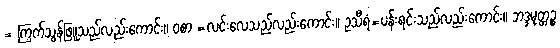
= ကြက်သွန်ဖြူသည်လည်းကောင်း။ ဝစာ =လင်းလေသည်လည်းကောင်း။ ဥသီရံ=ပန်းရင်းသည်လည်းကောင်း။ ဘဒ္ဒမုတ္တဉ္စ